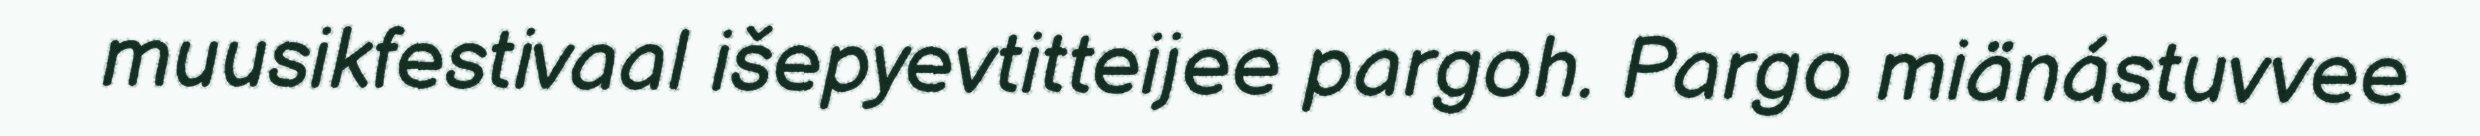
muusikfestivaal išepyevtitteijee pargoh. Pargo miänástuvvee